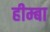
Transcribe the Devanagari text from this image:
हीम्बा